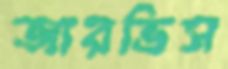
জারভিস